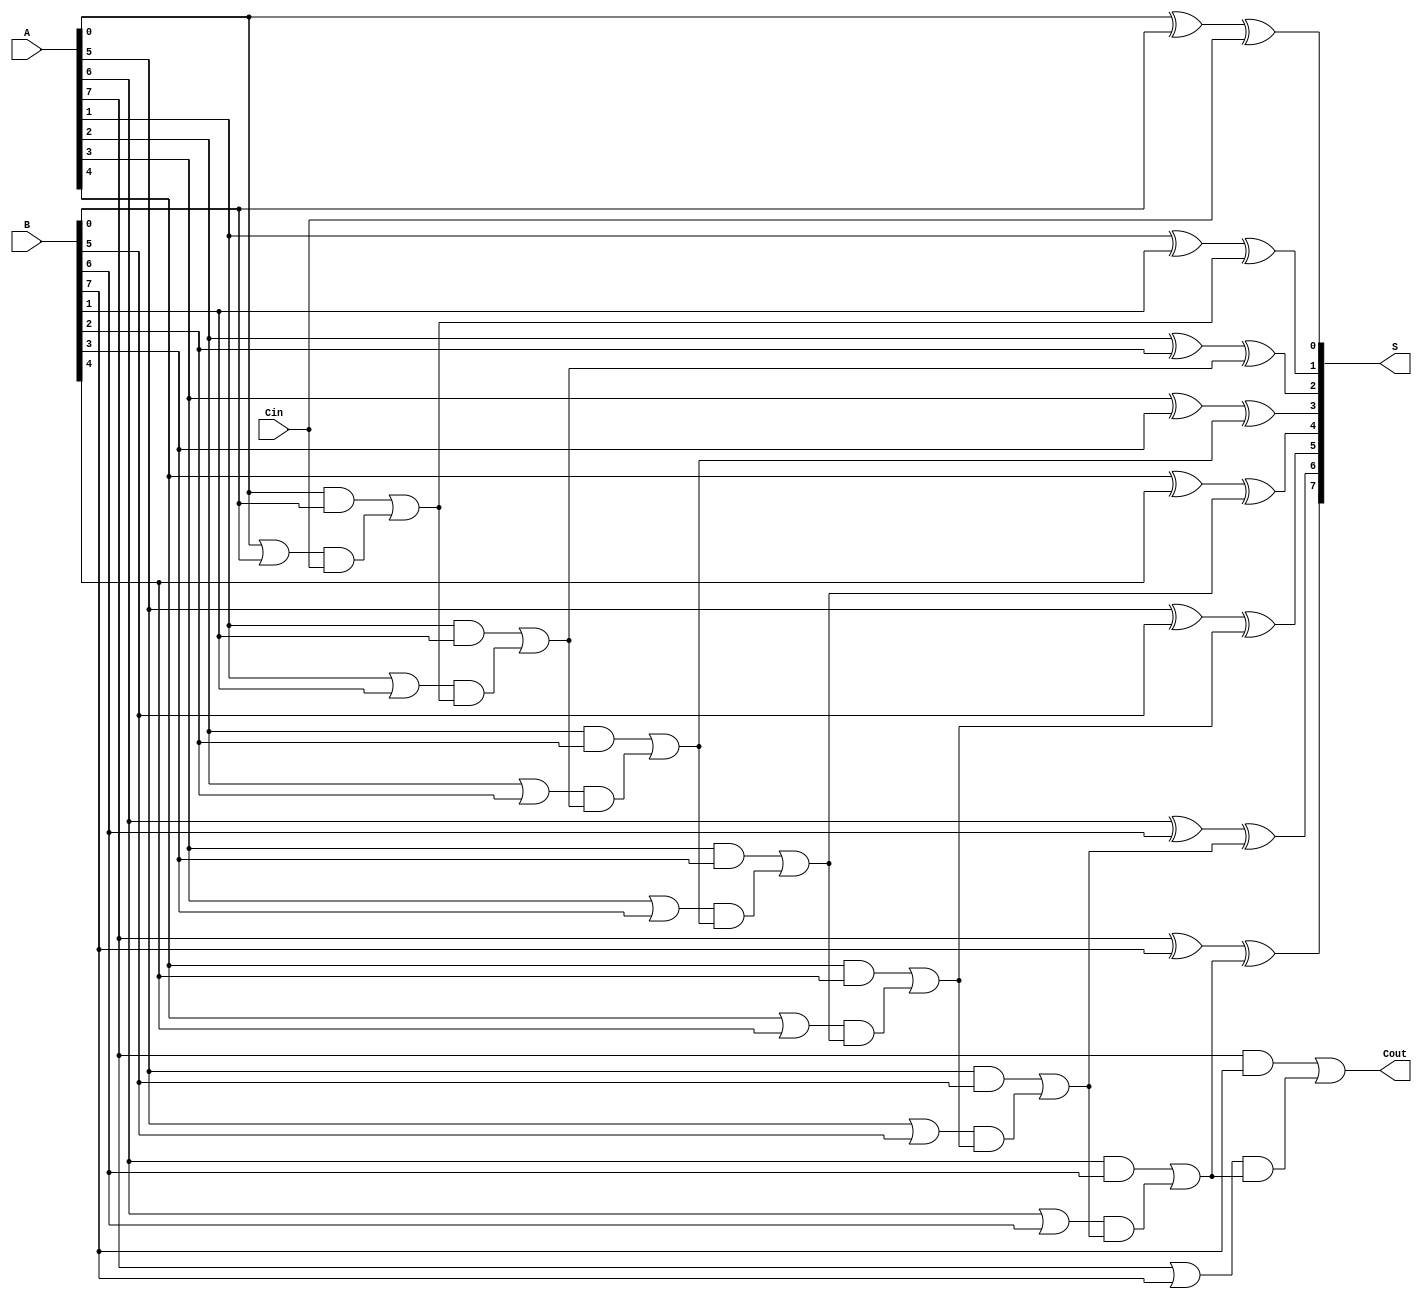
module VariableLatencyCLAA #(parameter N = 8) (
    input  [N-1:0] A,      // First operand
    input  [N-1:0] B,      // Second operand
    input          Cin,     // Carry-in
    output [N-1:0] S,      // Sum output
    output         Cout     // Carry-out
);

    // Generate and Propagate signals
    wire [N-1:0] G; // Generate signals
    wire [N-1:0] P; // Propagate signals
    wire [N:0] C;    // Carry signals

    // Generate and Propagate calculations
    genvar i;
    generate
        for (i = 0; i < N; i = i + 1) begin : gen_prop
            assign G[i] = A[i] & B[i]; // Generate
            assign P[i] = A[i] | B[i]; // Propagate
        end
    endgenerate

    // Carry signal calculations
    assign C[0] = Cin; // Initial carry-in
    generate
        for (i = 0; i < N; i = i + 1) begin : carry_calc
            assign C[i + 1] = G[i] | (P[i] & C[i]); // Carry out for each bit
        end
    endgenerate

    // Sum calculation
    generate
        for (i = 0; i < N; i = i + 1) begin : sum_calc
            assign S[i] = A[i] ^ B[i] ^ C[i]; // Sum calculation
        end
    endgenerate

    // Final carry-out
    assign Cout = C[N]; // Final carry-out

endmodule